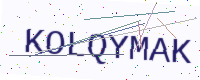
Text: KOLQYMAK